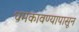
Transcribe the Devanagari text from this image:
धमकावण्यापासून